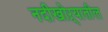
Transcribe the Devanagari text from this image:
नदीखोऱ्यातील